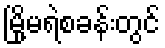
မြို့မရဲစခန်းတွင်